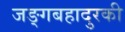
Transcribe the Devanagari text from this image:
जङ्गबहादुरकी